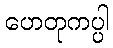
ဟေတုကပ္ပါ